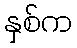
နှစ်က